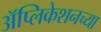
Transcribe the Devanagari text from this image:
अॅप्लिकेशनच्या